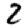
Digit: 2